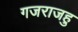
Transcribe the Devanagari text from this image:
गजराजहु